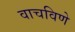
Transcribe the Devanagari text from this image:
वाचविणे